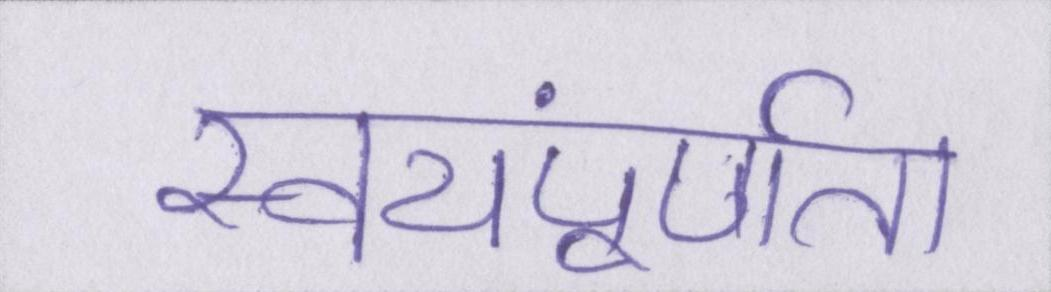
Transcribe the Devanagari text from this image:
स्वयंपूर्णता